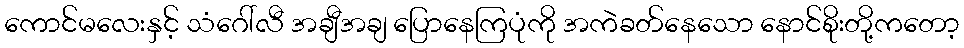
ကောင်မလေးနှင့် သံဂေါ်လီ အချီအချ ပြောနေကြပုံကို အကဲခတ်နေသော နောင်စိုးတို့ကတော့